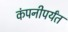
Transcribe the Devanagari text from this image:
कंपनीपर्यंत